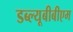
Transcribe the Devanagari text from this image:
डब्ल्यूबीबीएम